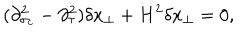
LaTeX: ( \partial _ { \sigma _ { c } } ^ { 2 } - \partial _ { \tau } ^ { 2 } ) \delta x _ { \perp } + H ^ { 2 } \delta x _ { \perp } = 0 ,